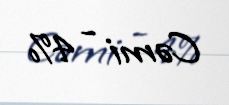
Cəmi - 4%